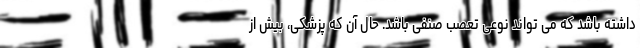
داشته باشد که می تواند نوعی تعصب صنفی باشد. حال آن که پزشکی، بیش از